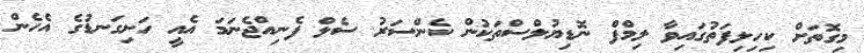
މިގޮތަށް ކިހިލިފަތުގައިވާ ލިމްފް ނޮޑިޔުލްސްތަކުން ކެންސަރު ސެލް ފެނިއްޖެނަމަ އެއީ ހަށިގަނޑުގެ އެހެން